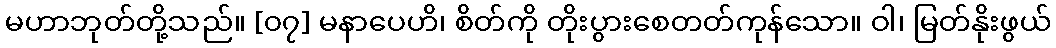
မဟာဘုတ်တို့သည်။ [၀၇] မနာပေဟိ၊ စိတ်ကို တိုးပွားစေတတ်ကုန်သော။ ဝါ၊ မြတ်နိုးဖွယ်